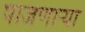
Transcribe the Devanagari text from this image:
पाजणाऱ्या